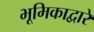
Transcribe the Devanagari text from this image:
भूमिकाद्वारे